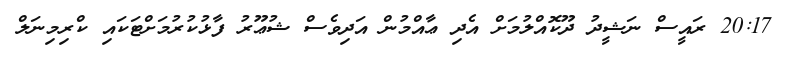
20:17 ރައީސް ނަޝީދު ދޫކޮއްލުމަށް އެދި ޢާއްމުން އަދިވެސް ޝުޢޫރު ފާޅުކުރުމަށްޓަކައި ކްރިމިނަލް